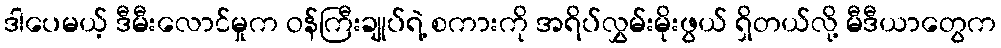
ဒါပေမယ့် ဒီမီးလောင်မှုက ဝန်ကြီးချုပ်ရဲ့ စကားကို အရိပ်လွှမ်းမိုးဖွယ် ရှိတယ်လို့ မီဒီယာတွေက